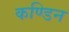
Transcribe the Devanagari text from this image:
कण्डिन